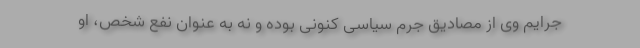
جرایم وی از مصادیق جرم سیاسی کنونی بوده و نه به عنوان نفع شخص، او